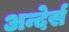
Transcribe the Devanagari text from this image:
अन्देर्स